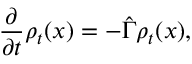
\frac { \partial } { \partial t } \rho _ { t } ( x ) = - \hat { \Gamma } \rho _ { t } ( x ) ,